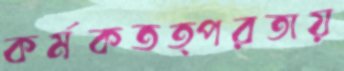
কর্মকতত্পরতায়